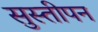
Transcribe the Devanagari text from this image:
सुस्तीपन